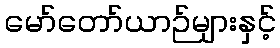
မော်တော်ယာဉ်များနှင့်